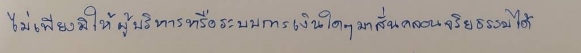
ไม่เพียงมิให้ผู้บริหารหรือระบบการเงินใดๆมาสั่นคลอนจริยธรรมได้